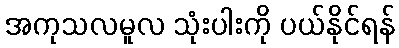
အကုသလမူလ သုံးပါးကို ပယ်နိုင်ရန်